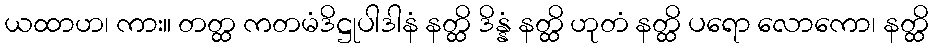
ယထာဟ၊ ကား။ တတ္ထ ကတမံဒိဋ္ဌုပါဒါနံ နတ္ထိ ဒိန္နံ နတ္ထိ ဟုတံ နတ္ထိ ပရော လောကော၊ နတ္ထိ